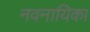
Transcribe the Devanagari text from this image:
नवनायिका